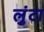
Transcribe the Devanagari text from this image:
लुंटा